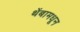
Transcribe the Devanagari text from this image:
थेंबामधून